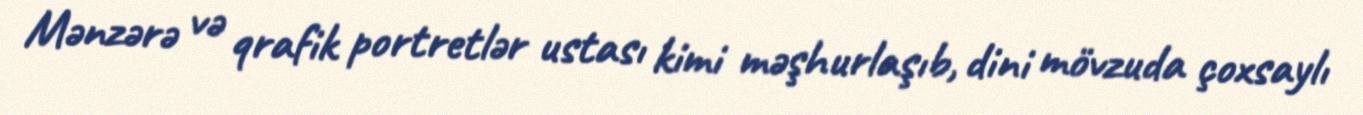
Mənzərə və qrafik portretlər ustası kimi məşhurlaşıb, dini mövzuda çoxsaylı